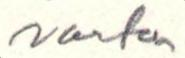
varten